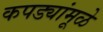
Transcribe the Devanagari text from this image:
कपड्यांमूळे